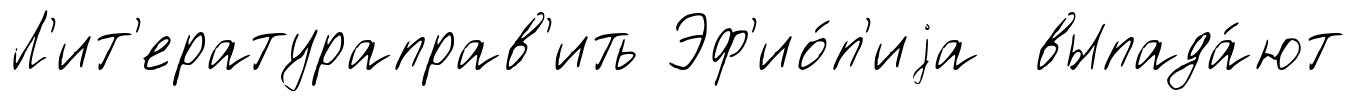
Л'ит'ератураправ'ить Эф'ио́п'иjа выпада́ют